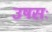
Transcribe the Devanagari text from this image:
उषसः